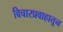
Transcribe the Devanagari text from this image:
विचारप्रवाहातून